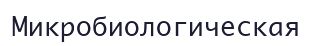
Микробиологическая